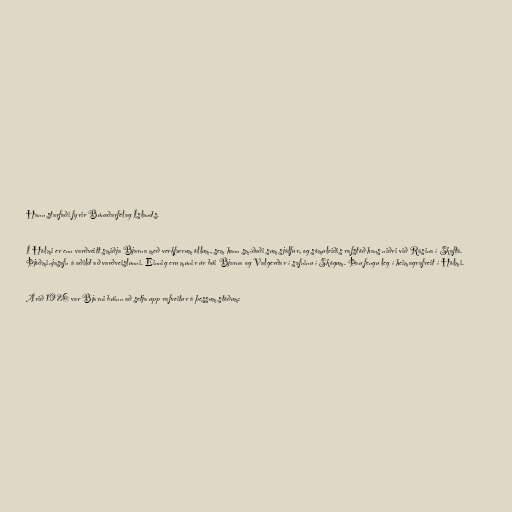
Hann starfaði fyrir Búnaðarfélag Íslands.

Í Hólmi er enn varðveitt smiðja Bjarna með verkfærum öllum, sem hann smíðaði sum sjálfur, og sömuleiðis rafstöð hans niðri við Rásina í Skaftá.
Þjóðminjasafn á aðild að varðveislunni. Einnig eru munir úr búi Bjarna og Valgerðar í safninu í Skógum. Þau fengu leg í heimagrafreit í Hólmi.

Árið 1926 var Bjarni búinn að setja upp rafveitur á þessum stöðum: